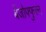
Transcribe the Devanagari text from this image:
बेंजोफ्फुरन